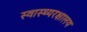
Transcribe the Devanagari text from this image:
स्वास्थ्यरक्षालय